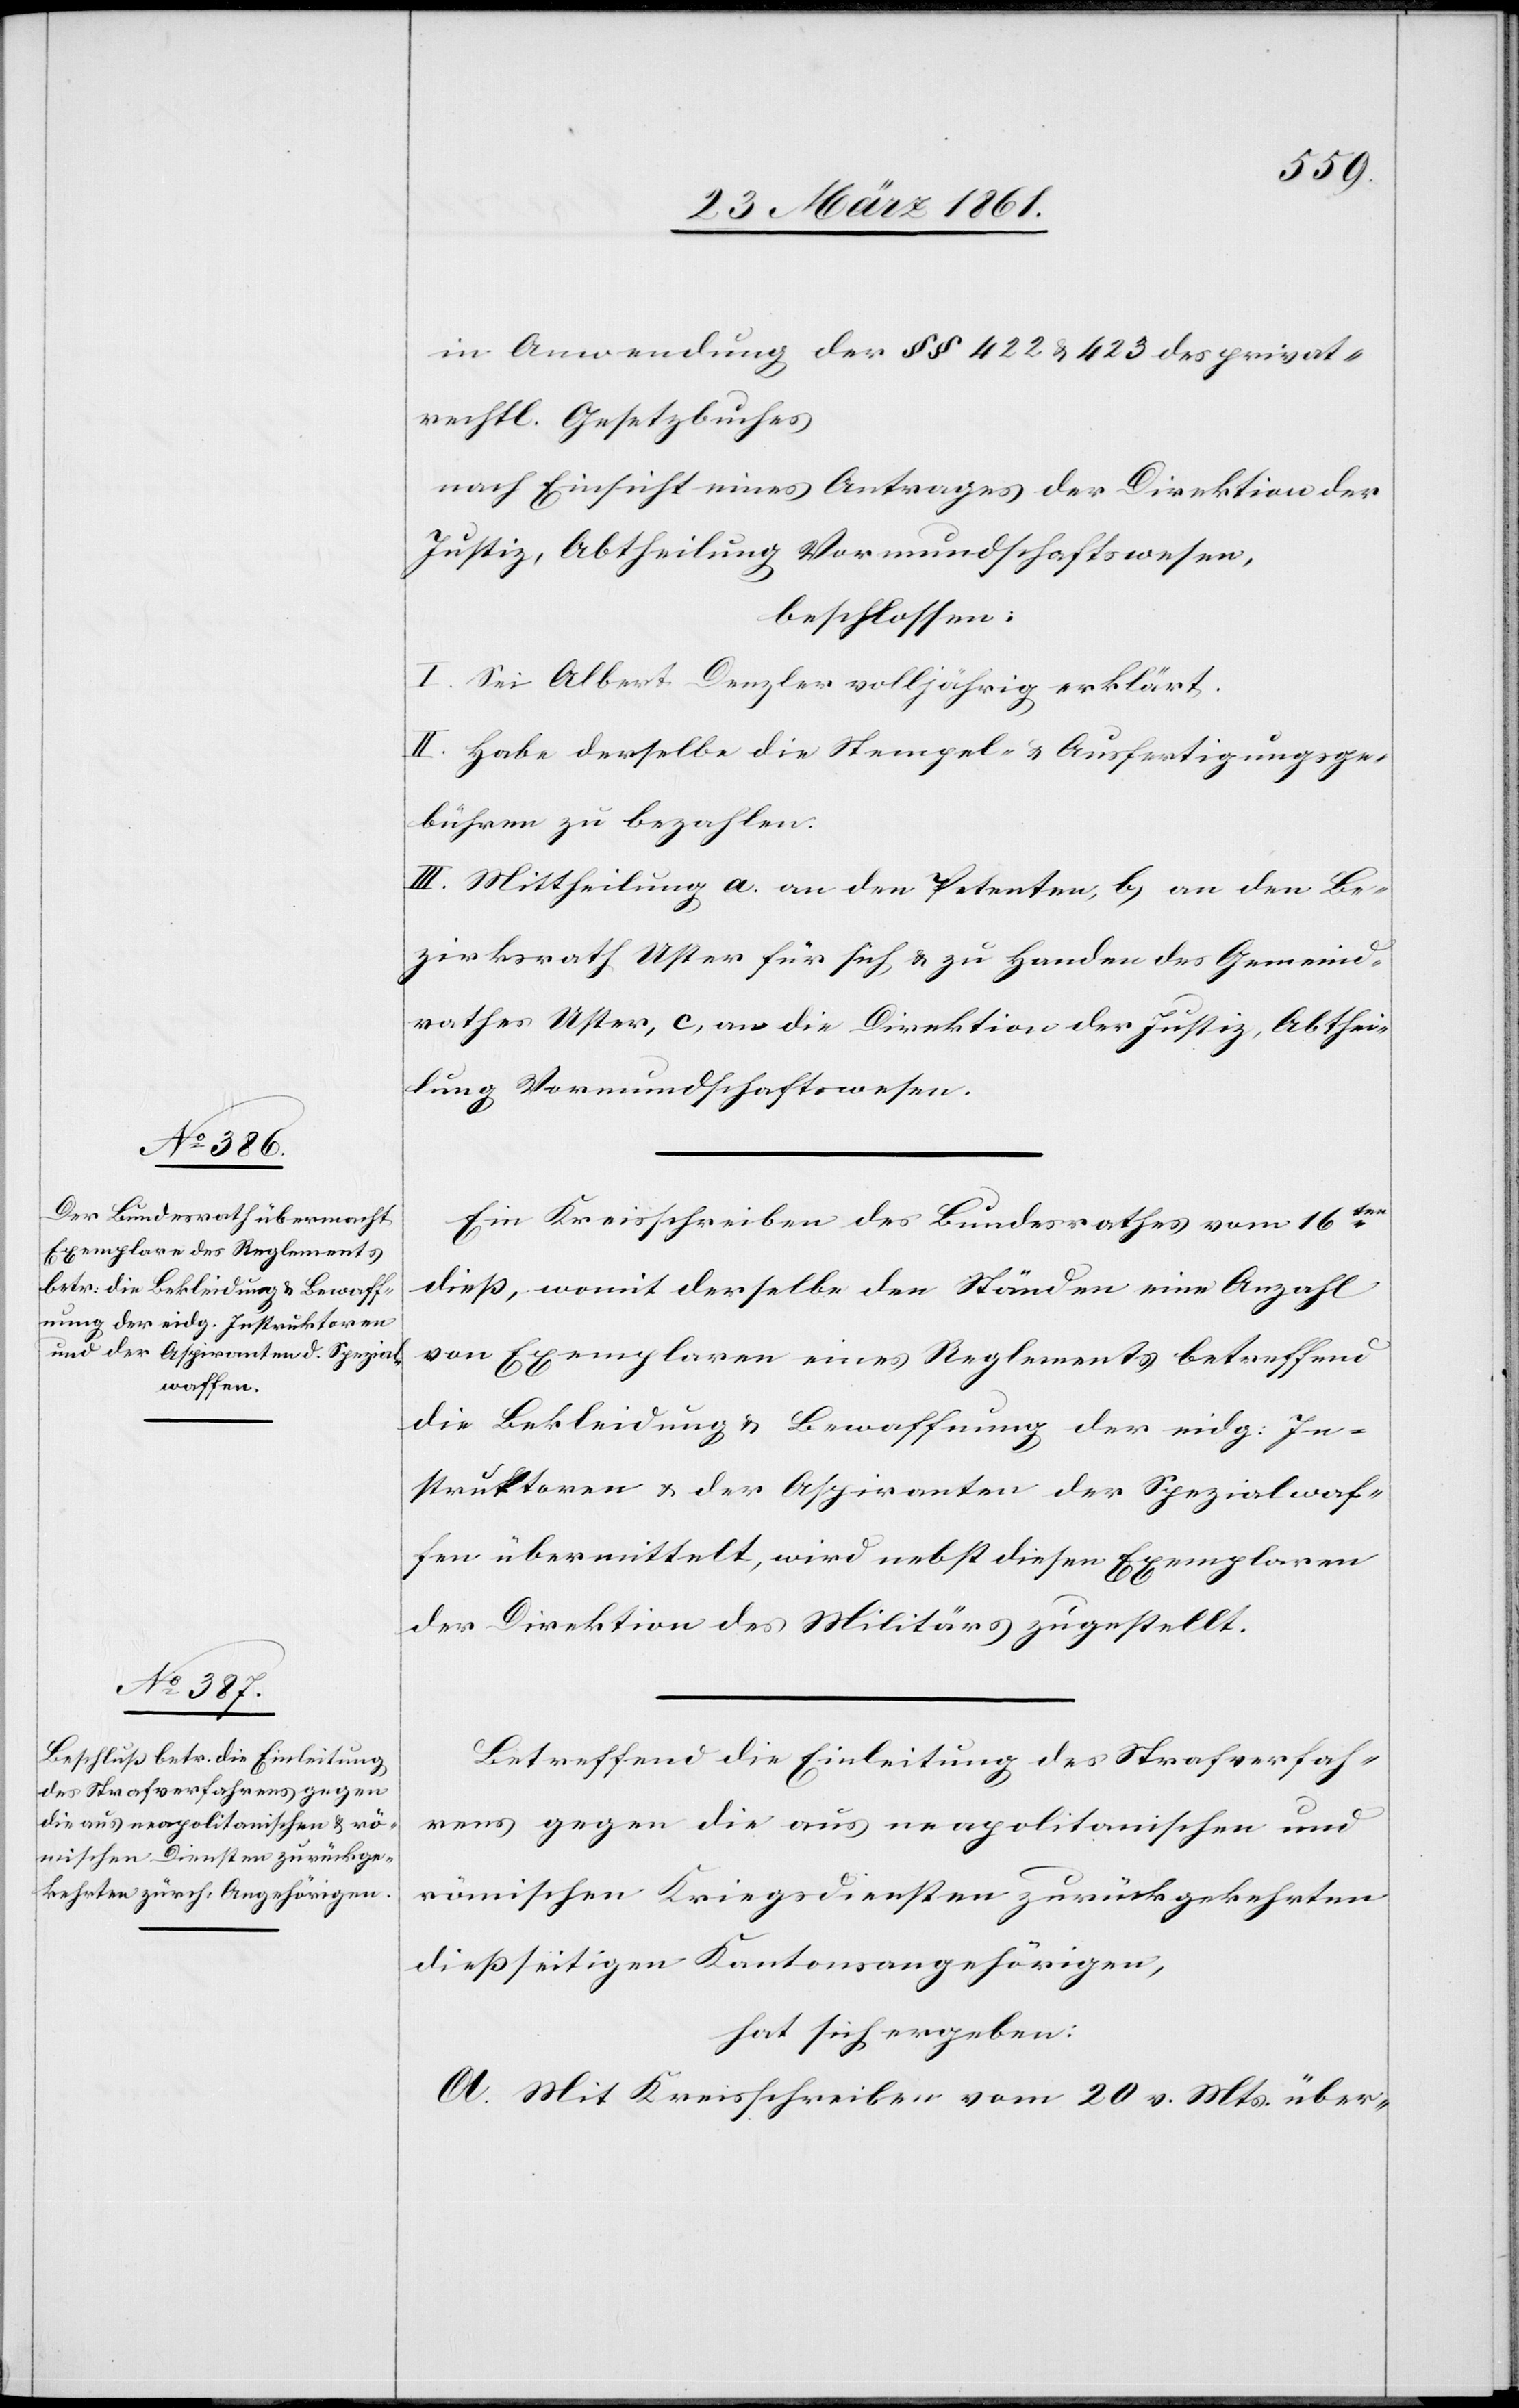
in Anwendung der §§ 422 u. 423 des privat¬
rechtl. Gesetzbuches
nach Einsicht eines Antrages der Direktion der
Justiz, Abtheilung Vormundschaftswesen,
beschlossen:
I. Sei Albert Denzler volljährig erklärt.
II. Habe derselbe die Stempel- u. Ausfertigungsge¬
bühren zu bezahlen.
III. Mittheilung a. an den Petenten, b. an den Be¬
zirksrath Uster für sich u. zu Handen des Gemeind¬
rathes Uster, c. an die Direktion der Justiz, Abthei¬
lung Vormundschaftswesen.
Ein Kreisschreiben des Bundesrathes vom 16ten
dieß, womit derselbe den Ständen eine Anzahl
von Exemplaren eines Reglements betreffend
die Bekleidung u. Bewaffnung der eidg: In¬
struktoren u. der Aspiranten der Spezialwaf¬
fen übermittelt, wird nebst diesen Exemplaren
der Direktion des Militärs zugestellt.
Betreffend die Einleitung des Strafverfah¬
rens gegen die aus neapolitanischen und
römischen Kriegsdiensten zurückgekehrten
dießseitigen Kantonsangehörigen,
hat sich ergeben:
A. Mit Kreisschreiben vom 20. v. Mts. über-